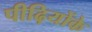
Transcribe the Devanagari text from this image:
पीढ़ियोंके